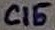
Text: C15